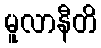
မူလာနီတိ